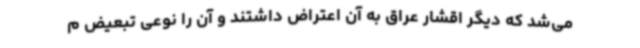
می‌شد که دیگر اقشار عراق به آن اعتراض داشتند و آن را نوعی تبعیض م